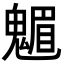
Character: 䰨